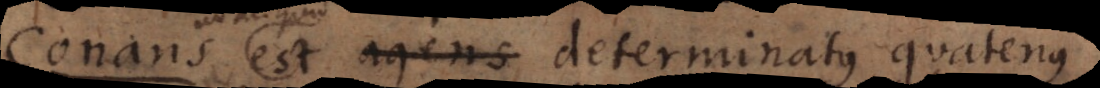
patiens et agens determinatus quatenus